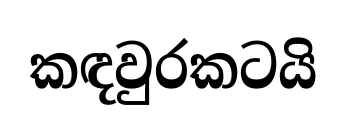
කඳවුරකටයි